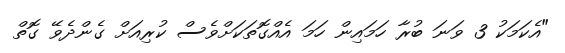
"އެކަމަކު 3 ވަނަ ބުރާ ހަމައިން ހަމަ އެއްގޮތަކަށްވެސް ކުރިއަށް ގެންދެވޭ ގޮތް